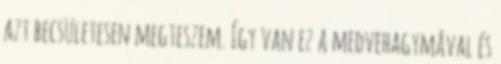
azt becsületesen megteszem. Így van ez a medvehagymával és